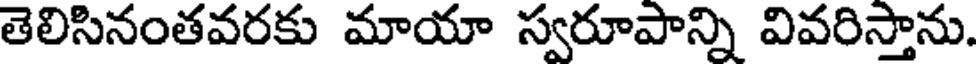
తెలిసినంతవరకు మాయా స్వరూపాన్ని వివరిస్తాను.